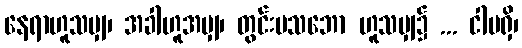
နေရာဟူသမျှ၊ အခါဟူအမျှ၊ တွင်းပသဘော ဟူသမျှ၌ ... ငါမရှိ၊